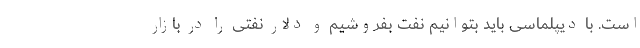
است. با دیپلماسی باید بتوانیم نفت بفروشیم و دلار نفتی را در بازار